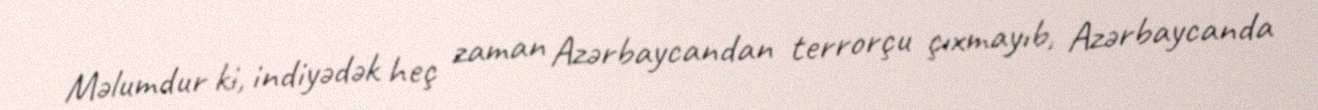
Məlumdur ki, indiyədək heç zaman Azərbaycandan terrorçu çıxmayıb, Azərbaycanda